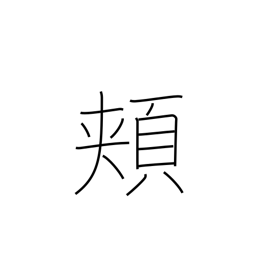
Meaning: cheeks